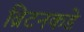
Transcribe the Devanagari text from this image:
ब्रिटनकडे